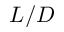
L / D